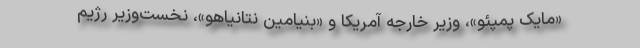
«مایک پمپئو»، وزیر خارجه آمریکا و «بنیامین نتانیاهو»، نخست‌وزیر رژیم